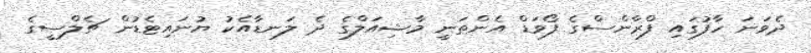
ދެވަނަ ހާފުގައި ފްރާންސްގެ ފޯވަޑް އެންތަނީ މާޝިއަލްގެ ދެ ލަނޑާއެކު ޔުނައިޓެޑުން ޗެލްސީގެ